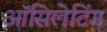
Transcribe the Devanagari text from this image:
ऑसिलेटिंग